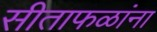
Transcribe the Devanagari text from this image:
सीताफळांना